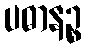
ပဓာနဉ္စ